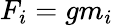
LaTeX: F_{i}=gm_{i}